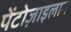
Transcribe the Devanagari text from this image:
पेंटोज़ाइलान